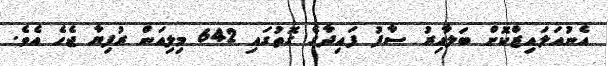
އެނުއަލައިޒްކޮށް ބަލާއިރު ސާފު ފައިދާގެ ގޮތުގައި 642 މިލިއަން ރުފިޔާ ޖެހެ އެވެ.